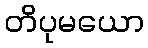
တိပုမယော